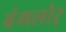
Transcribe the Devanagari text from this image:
बंगलोर्